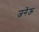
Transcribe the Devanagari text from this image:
जनेंऊ